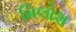
મિલોશ